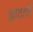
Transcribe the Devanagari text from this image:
डाटाप्रो